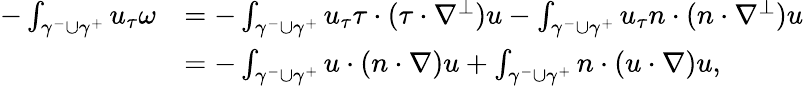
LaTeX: \begin{array}{rl}{-\int_{\gamma^{-}\cup\gamma^{+}}u_{\tau}\omega}&{=-\int_{\gamma^{-}\cup\gamma^{+}}u_{\tau}\tau\cdot(\tau\cdot\nabla^{\perp})u-\int_{\gamma^{-}\cup\gamma^{+}}u_{\tau}n\cdot(n\cdot\nabla^{\perp})u}\\ &{=-\int_{\gamma^{-}\cup\gamma^{+}}u\cdot(n\cdot\nabla)u+\int_{\gamma^{-}\cup\gamma^{+}}n\cdot(u\cdot\nabla)u,}\end{array}